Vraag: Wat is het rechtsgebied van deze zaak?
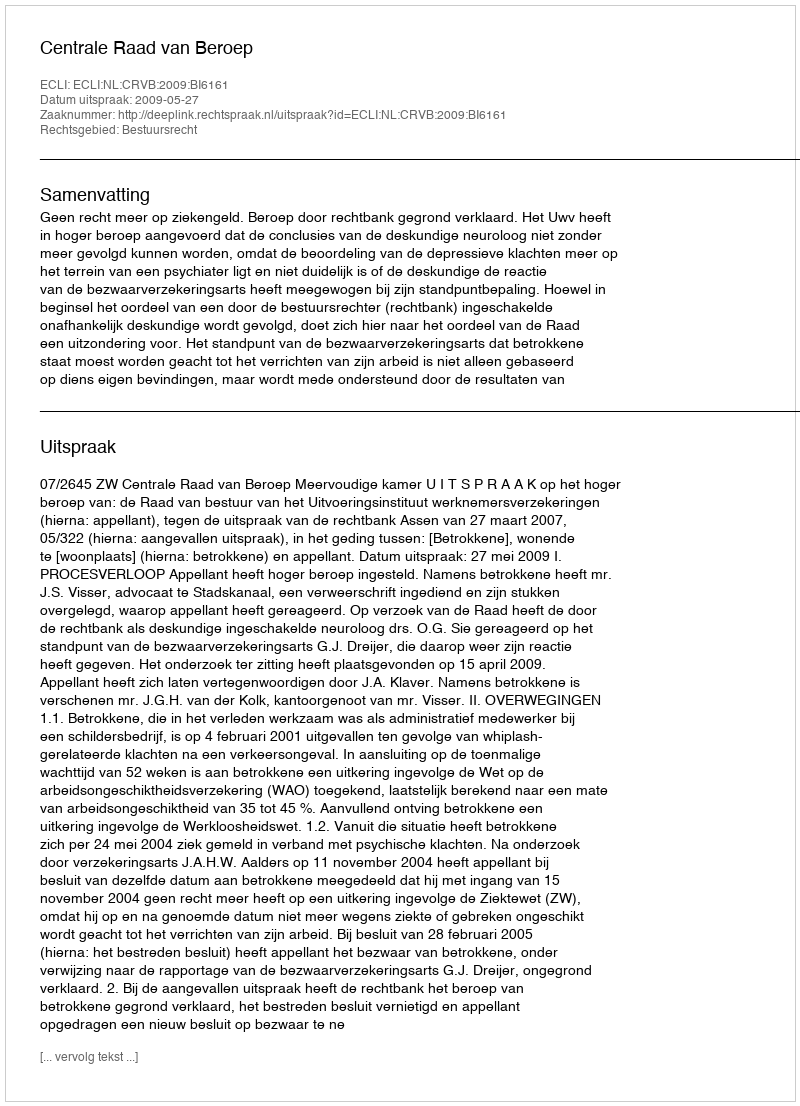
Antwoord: Bestuursrecht